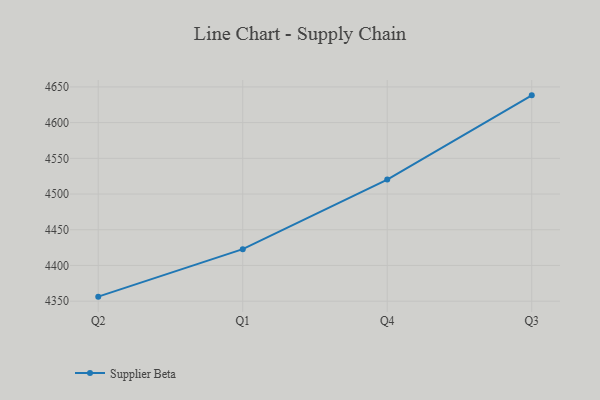
{"axis": {"x": "Quarter", "y": "Page Views"}, "legend": ["Supplier Beta"], "data": [{"x": "Q2", "y": 4356.3, "type": "Supplier Beta"}, {"x": "Q1", "y": 4422.8, "type": "Supplier Beta"}, {"x": "Q4", "y": 4520.2, "type": "Supplier Beta"}, {"x": "Q3", "y": 4638.2, "type": "Supplier Beta"}]}